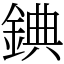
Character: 錪